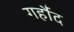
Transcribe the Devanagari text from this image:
गर्हौद